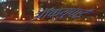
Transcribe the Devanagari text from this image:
ऑक्युपाई